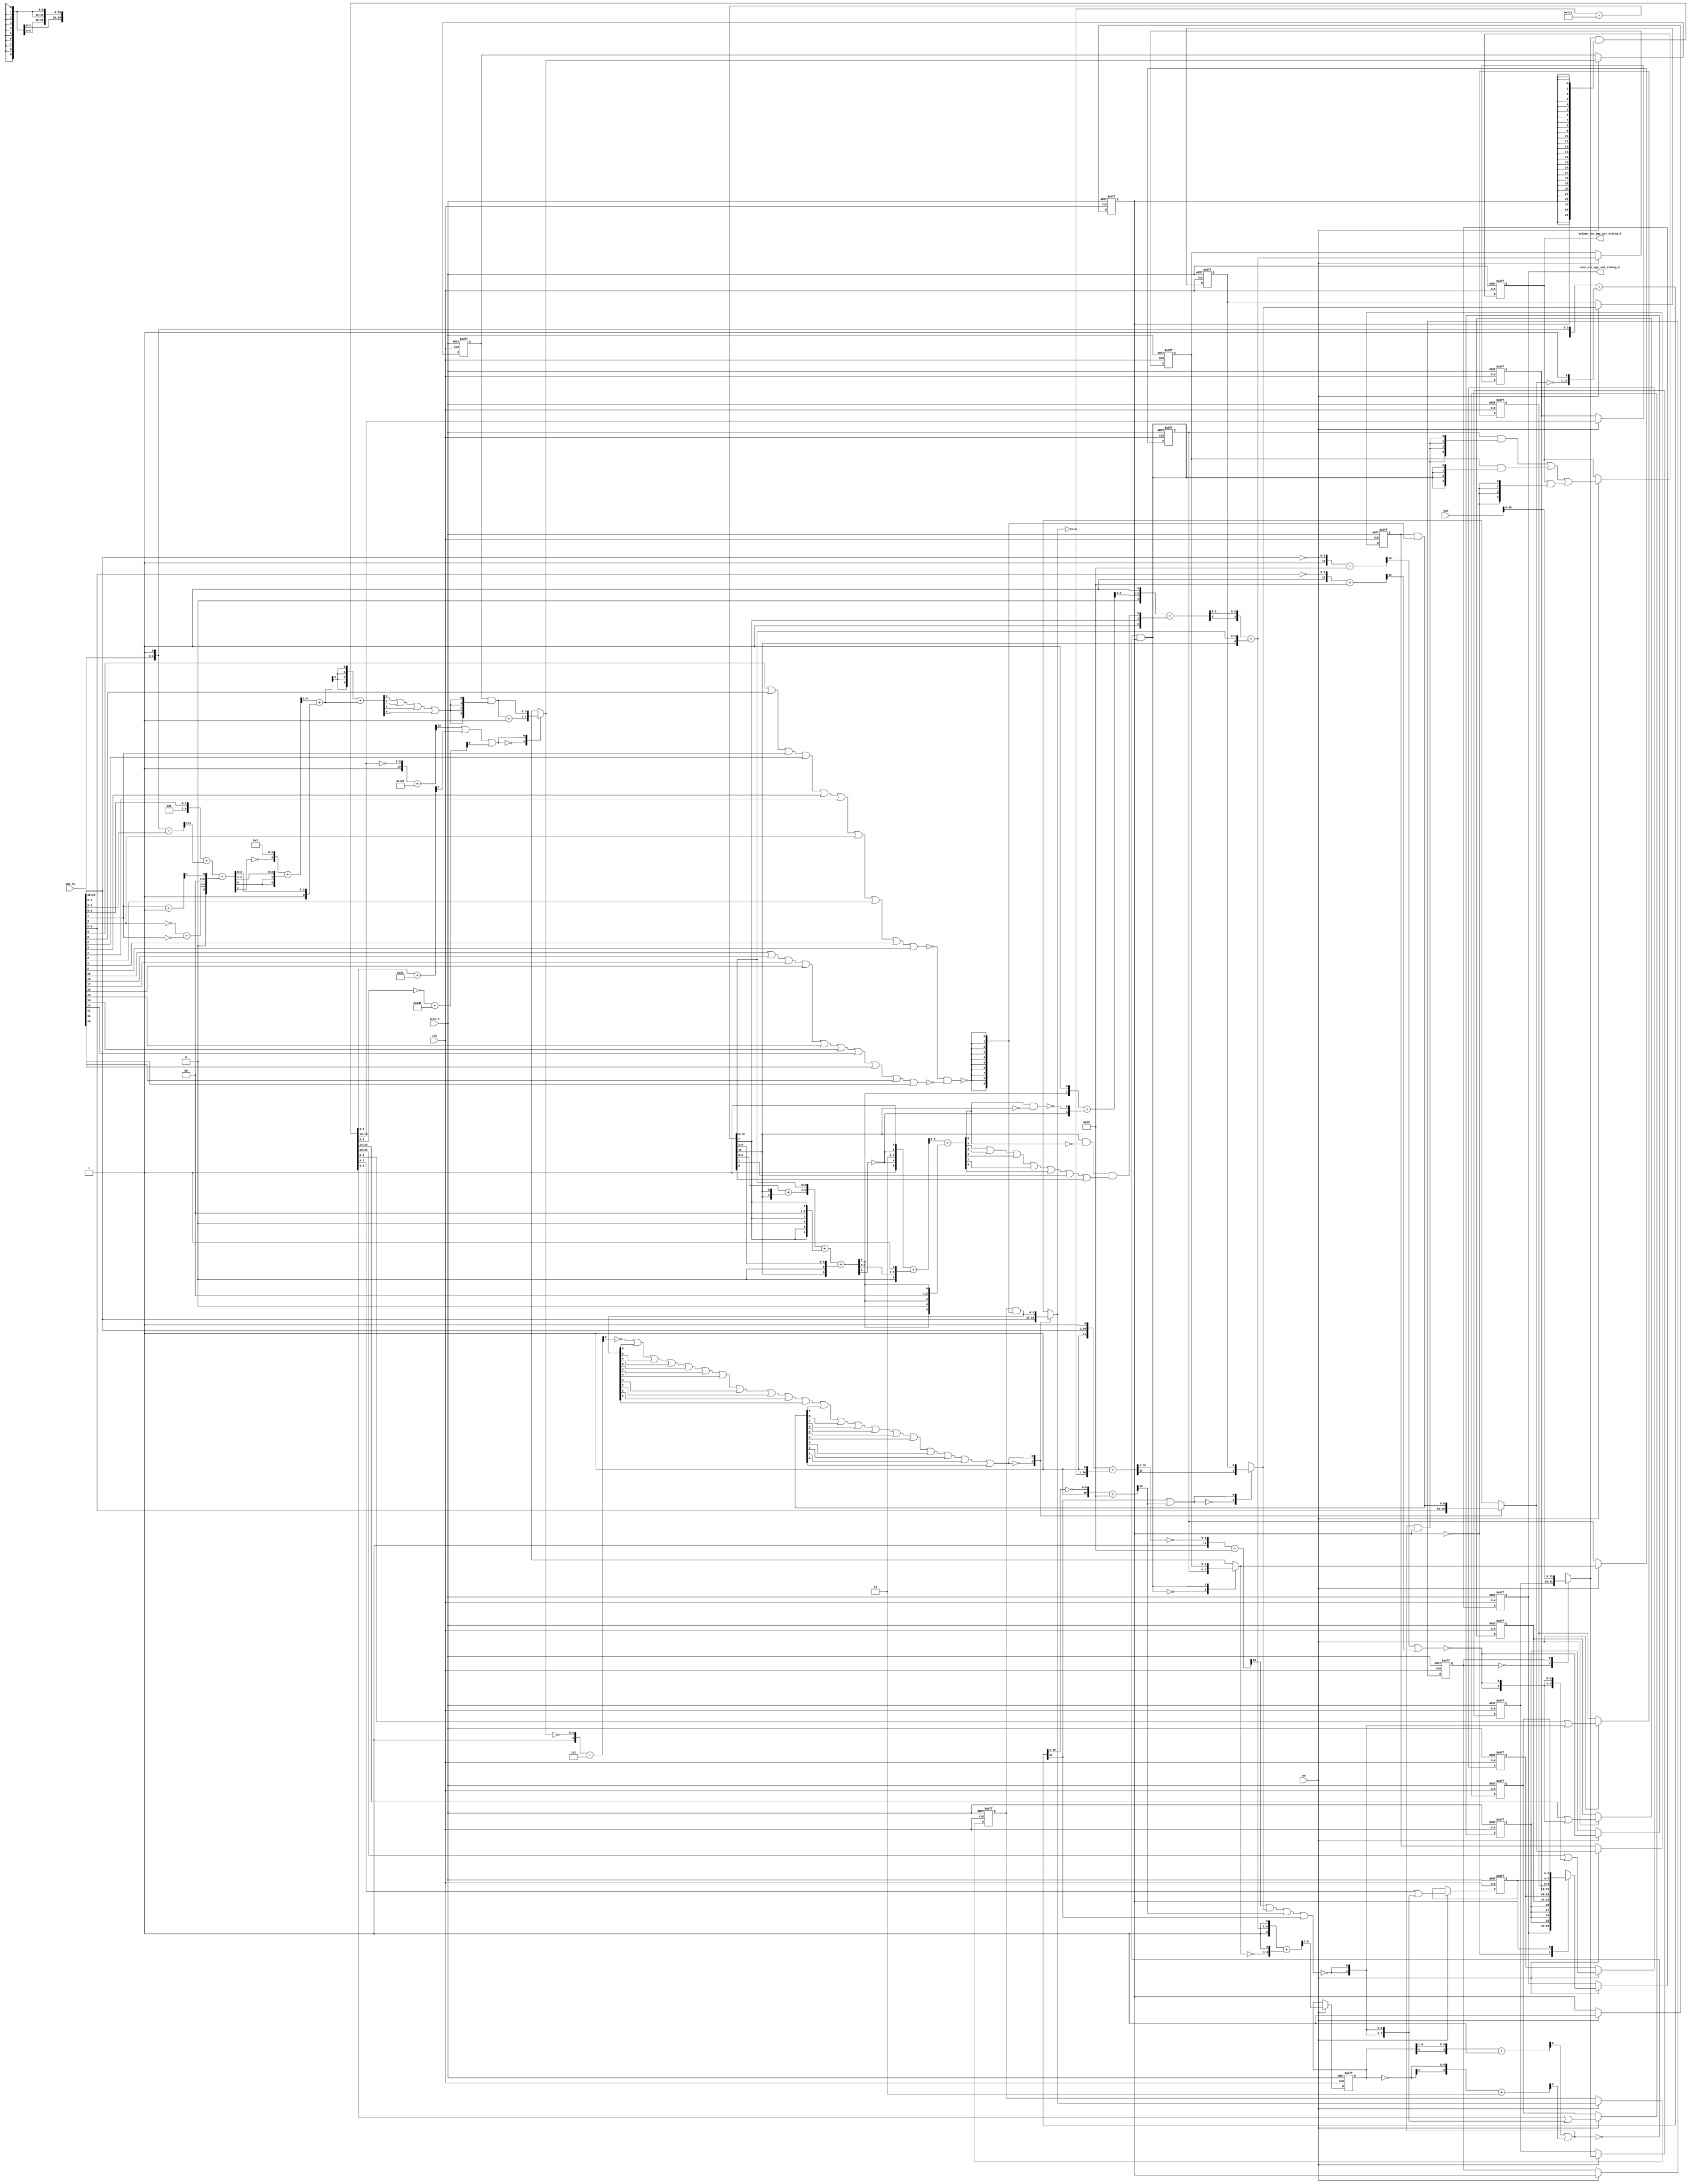
module gauss_blur_core (
  vin, vga_xy, clk, en, arst_n, vout_rsc_mgc_out_stdreg_d, volume_rsc_mgc_out_stdreg_d
);
  input [89:0] vin;
  input [19:0] vga_xy;
  input clk;
  input en;
  input arst_n;
  output [29:0] vout_rsc_mgc_out_stdreg_d;
  reg [29:0] vout_rsc_mgc_out_stdreg_d;
  output [3:0] volume_rsc_mgc_out_stdreg_d;
  reg [3:0] volume_rsc_mgc_out_stdreg_d;


  // Interconnect Declarations
  wire or_dcpl_3;
  reg [25:0] regs_regs_0_sg1_sva;
  reg [3:0] acc_13_1_sva;
  reg [9:0] blue_xy_0_sva;
  reg [9:0] blue_xy_1_sva;
  reg [3:0] volume_previous_sva;
  reg land_11_lpi_1_dfm_1;
  reg [3:0] volume_current_sva_1;
  reg [4:0] acc_11_cse_sva_1;
  reg [1:0] or_4_itm_1;
  reg [3:0] or_3_itm_1;
  reg [9:0] regs_regs_slc_regs_regs_2_sg1_itm_1;
  reg [1:0] or_5_itm_1;
  reg [3:0] or_6_itm_1;
  reg [3:0] or_7_itm_1;
  reg main_stage_0_2;
  reg main_stage_0_3;
  wire [3:0] acc_13_1_sva_dfm_1_mx0;
  wire [9:0] blue_xy_1_sva_dfm_2_mx0;
  wire [25:0] regs_regs_1_sg1_sva_mx0;
  wire [9:0] blue_xy_1_sva_dfm;
  wire [9:0] blue_xy_0_sva_dfm;
  reg reg_deltay_square_blue_acc_psp_sva_tmp;
  wire or_15_cse;
  wire and_6_cse;
  wire [11:0] deltay_square_blue_acc_1_itm;
  wire [12:0] nl_deltay_square_blue_acc_1_itm;
  wire [10:0] aif_45_acc_itm;
  wire [11:0] nl_aif_45_acc_itm;
  wire [11:0] deltax_square_blue_acc_1_itm;
  wire [12:0] nl_deltax_square_blue_acc_1_itm;
  wire [25:0] regs_regs_0_sg1_sva_mx0;
  wire [3:0] volume_previous_sva_mx0;
  wire [3:0] volume_current_sva;
  wire [4:0] nl_volume_current_sva;
  wire land_11_lpi_1_dfm;
  wire [3:0] acc_13_1_sva_dfm;
  wire [9:0] blue_xy_0_sva_dfm_2_mx0;
  wire [3:0] if_3_acc_svs;
  wire [4:0] nl_if_3_acc_svs;
  wire [3:0] if_3_acc_1_psp_sva;
  wire [4:0] nl_if_3_acc_1_psp_sva;
  wire [5:0] acc_imod_sva;
  wire [6:0] nl_acc_imod_sva;
  wire land_13_lpi_1_dfm;
  wire [6:0] conc_imod_sg1_sva;
  wire [8:0] nl_conc_imod_sg1_sva;
  wire [5:0] conc_imod_1_sg1_sva;
  wire [6:0] nl_conc_imod_1_sg1_sva;
  wire [10:0] acc_9_psp_sva;
  wire [11:0] nl_acc_9_psp_sva;
  wire mux_11_itm;
  wire nand_itm;


  // Interconnect Declarations for Component Instantiations 
  assign and_6_cse = (~ or_15_cse) & main_stage_0_2;
  assign regs_regs_0_sg1_sva_mx0 = MUX_v_26_2_2({regs_regs_0_sg1_sva , (vin[29:4])},
      main_stage_0_3);
  assign regs_regs_1_sg1_sva_mx0 = regs_regs_0_sg1_sva_mx0 & ({{25{main_stage_0_2}},
      main_stage_0_2});
  assign or_15_cse = (readslicef_5_1_4((conv_s2u_4_5(acc_11_cse_sva_1[4:1]) + 5'b1)))
      | (readslicef_6_1_5((conv_s2s_5_6(~ acc_11_cse_sva_1) + 6'b11)));
  assign volume_previous_sva_mx0 = MUX_v_4_2_2({volume_previous_sva , volume_current_sva_1},
      and_6_cse);
  assign nl_volume_current_sva = conv_s2u_3_4(readslicef_4_3_1((conv_u2s_3_4({(readslicef_3_2_1((conv_u2u_2_3({(conc_imod_sg1_sva[5])
      , 1'b1}) + conv_u2u_2_3({(~ (conc_imod_sg1_sva[6])) , (~((conc_imod_1_sg1_sva[5])
      & (~ (acc_9_psp_sva[10]))))})))) , 1'b1}) + conv_s2s_3_4({1'b1 , (acc_9_psp_sva[7])
      , ((acc_9_psp_sva[10]) & (~ (conc_imod_1_sg1_sva[5])) & ((conc_imod_1_sg1_sva[4])
      | (conc_imod_1_sg1_sva[3]) | (conc_imod_1_sg1_sva[2]) | (conc_imod_1_sg1_sva[1])
      | (conc_imod_1_sg1_sva[0]) | (acc_9_psp_sva[1]) | (acc_9_psp_sva[0])))}))))
      + conv_s2u_3_4(acc_9_psp_sva[10:8]);
  assign volume_current_sva = nl_volume_current_sva[3:0];
  assign land_11_lpi_1_dfm = ~((readslicef_11_1_10((({1'b1 , (~ (vga_xy[19:10]))})
      + 11'b101001))) | (readslicef_11_1_10((({1'b1 , (~ (vga_xy[9:0]))}) + 11'b101001))));
  assign acc_13_1_sva_dfm_1_mx0 = MUX_v_4_2_2({(acc_13_1_sva_dfm + 4'b1) , acc_13_1_sva_dfm},
      (readslicef_11_1_10((({1'b1 , (~ (regs_regs_1_sg1_sva_mx0[19:10]))}) + 11'b101000001)))
      | (readslicef_8_1_7((conv_u2u_7_8(regs_regs_1_sg1_sva_mx0[9:3]) + 8'b11010011)))
      | (readslicef_10_1_9(((~ (regs_regs_1_sg1_sva_mx0[9:0])) + 10'b1011010001))));
  assign acc_13_1_sva_dfm = acc_13_1_sva & (signext_4_1((if_3_acc_svs[3]) | (if_3_acc_svs[2])
      | (if_3_acc_svs[1]) | (if_3_acc_svs[0])));
  assign blue_xy_1_sva_dfm_2_mx0 = MUX_v_10_2_2({(vga_xy[19:10]) , blue_xy_1_sva_dfm},
      or_dcpl_3);
  assign blue_xy_0_sva_dfm_2_mx0 = MUX_v_10_2_2({(vga_xy[9:0]) , blue_xy_0_sva_dfm},
      or_dcpl_3);
  assign blue_xy_1_sva_dfm = blue_xy_1_sva & ({{9{nand_itm}}, nand_itm});
  assign blue_xy_0_sva_dfm = blue_xy_0_sva & ({{9{nand_itm}}, nand_itm});
  assign nl_deltay_square_blue_acc_1_itm = ({1'b1 , (vga_xy[19:10]) , 1'b1}) + conv_u2s_11_12({(~
      blue_xy_1_sva_dfm_2_mx0) , 1'b1});
  assign deltay_square_blue_acc_1_itm = nl_deltay_square_blue_acc_1_itm[11:0];
  assign mux_11_itm = MUX_s_1_2_2({(deltay_square_blue_acc_1_itm[11]) , reg_deltay_square_blue_acc_psp_sva_tmp},
      (deltax_square_blue_acc_1_itm[11]) | (aif_45_acc_itm[10]));
  assign nl_aif_45_acc_itm = ({1'b1 , (~ (deltax_square_blue_acc_1_itm[10:1]))})
      + 11'b101001;
  assign aif_45_acc_itm = nl_aif_45_acc_itm[10:0];
  assign nl_deltax_square_blue_acc_1_itm = ({1'b1 , (vga_xy[9:0]) , 1'b1}) + conv_u2s_11_12({(~
      blue_xy_0_sva_dfm_2_mx0) , 1'b1});
  assign deltax_square_blue_acc_1_itm = nl_deltax_square_blue_acc_1_itm[11:0];
  assign nl_if_3_acc_svs = conv_s2u_1_4(if_3_acc_1_psp_sva[3]) + if_3_acc_1_psp_sva;
  assign if_3_acc_svs = nl_if_3_acc_svs[3:0];
  assign nl_if_3_acc_1_psp_sva = (readslicef_5_4_1((({(~ (acc_imod_sva[3])) , 4'b1})
      + conv_s2u_3_5(acc_imod_sva[5:3])))) + ({1'b1 , (acc_imod_sva[2:0])});
  assign if_3_acc_1_psp_sva = nl_if_3_acc_1_psp_sva[3:0];
  assign nl_acc_imod_sva = conv_s2s_5_6(({3'b100 , (vga_xy[9:8])}) + conv_u2s_4_5(readslicef_5_4_1((conv_u2u_4_5({(vga_xy[2:0])
      , 1'b1}) + conv_u2u_4_5(vga_xy[6:3]))))) + conv_u2s_5_6({(conv_u2u_1_2(~ (vga_xy[3]))
      + conv_u2u_1_2(~ (vga_xy[7]))) , 2'b0 , (readslicef_2_1_1((conv_u2u_1_2(vga_xy[7])
      + 2'b1)))});
  assign acc_imod_sva = nl_acc_imod_sva[5:0];
  assign land_13_lpi_1_dfm = ~((readslicef_11_1_10((({1'b1 , (~ (deltay_square_blue_acc_1_itm[10:1]))})
      + 11'b101001))) | mux_11_itm | (aif_45_acc_itm[10]) | (deltax_square_blue_acc_1_itm[11]));
  assign nl_conc_imod_sg1_sva = (conv_u2s_6_7({(conv_u2u_2_3(acc_9_psp_sva[9:8])
      + conv_u2u_2_3({(acc_9_psp_sva[10]) , (acc_9_psp_sva[10])})) , (acc_9_psp_sva[10:8])})
      + conv_s2s_6_7({(acc_9_psp_sva[7]) , 1'b0 , (acc_9_psp_sva[7]) , 2'b0 , (acc_9_psp_sva[7])}))
      + ({(acc_9_psp_sva[10]) , 1'b0 , (acc_9_psp_sva[6:2])});
  assign conc_imod_sg1_sva = nl_conc_imod_sg1_sva[6:0];
  assign nl_conc_imod_1_sg1_sva = (readslicef_7_6_1((conv_s2s_6_7({1'b1 , (~ (conc_imod_sg1_sva[6]))
      , 2'b11 , (~ (conc_imod_sg1_sva[6])) , 1'b1}) + conv_u2s_6_7({(conc_imod_sg1_sva[4:0])
      , 1'b1})))) + ({(conc_imod_sg1_sva[5]) , 1'b0 , (conc_imod_sg1_sva[5]) , 2'b0
      , (conc_imod_sg1_sva[5])});
  assign conc_imod_1_sg1_sva = nl_conc_imod_1_sg1_sva[5:0];
  assign nl_acc_9_psp_sva = conv_u2s_10_11(~ blue_xy_1_sva_dfm_2_mx0) + 11'b11111000001;
  assign acc_9_psp_sva = nl_acc_9_psp_sva[10:0];
  assign nand_itm = ~((~((vga_xy[9]) | (vga_xy[8]) | (vga_xy[7]) | (vga_xy[6]) |
      (vga_xy[5]) | (vga_xy[4]) | (vga_xy[3]) | (vga_xy[2]) | (vga_xy[1]) | (vga_xy[0])))
      & (~((vga_xy[19]) | (vga_xy[18]) | (vga_xy[17]) | (vga_xy[16]) | (vga_xy[15])
      | (vga_xy[14]) | (vga_xy[13]) | (vga_xy[12]) | (vga_xy[11]) | (vga_xy[10]))));
  assign or_dcpl_3 = (~ (readslicef_5_1_4((({1'b1 , (~ acc_13_1_sva_dfm_1_mx0)})
      + 5'b101)))) | (blue_xy_1_sva_dfm[9]) | (blue_xy_1_sva_dfm[8]) | (blue_xy_1_sva_dfm[7])
      | (blue_xy_1_sva_dfm[6]) | (blue_xy_1_sva_dfm[5]) | (blue_xy_1_sva_dfm[4])
      | (blue_xy_1_sva_dfm[3]) | (blue_xy_1_sva_dfm[2]) | (blue_xy_1_sva_dfm[1])
      | (blue_xy_1_sva_dfm[0]) | (blue_xy_0_sva_dfm[9]) | (blue_xy_0_sva_dfm[8])
      | (blue_xy_0_sva_dfm[7]) | (blue_xy_0_sva_dfm[6]) | (blue_xy_0_sva_dfm[5])
      | (blue_xy_0_sva_dfm[4]) | (blue_xy_0_sva_dfm[3]) | (blue_xy_0_sva_dfm[2])
      | (blue_xy_0_sva_dfm[1]) | (blue_xy_0_sva_dfm[0]);
  always @(posedge clk or negedge arst_n) begin
    if ( ~ arst_n ) begin
      regs_regs_0_sg1_sva <= 26'b0;
      vout_rsc_mgc_out_stdreg_d <= 30'b0;
      volume_rsc_mgc_out_stdreg_d <= 4'b0;
      volume_previous_sva <= 4'b0;
      volume_current_sva_1 <= 4'b0;
      acc_11_cse_sva_1 <= 5'b0;
      land_11_lpi_1_dfm_1 <= 1'b0;
      or_4_itm_1 <= 2'b0;
      or_3_itm_1 <= 4'b0;
      regs_regs_slc_regs_regs_2_sg1_itm_1 <= 10'b0;
      or_5_itm_1 <= 2'b0;
      or_6_itm_1 <= 4'b0;
      or_7_itm_1 <= 4'b0;
      blue_xy_1_sva <= 10'b0;
      blue_xy_0_sva <= 10'b0;
      acc_13_1_sva <= 4'b0;
      main_stage_0_2 <= 1'b0;
      main_stage_0_3 <= 1'b0;
      reg_deltay_square_blue_acc_psp_sva_tmp <= 1'b0;
    end
    else begin
      if ( en ) begin
        regs_regs_0_sg1_sva <= regs_regs_0_sg1_sva_mx0;
        vout_rsc_mgc_out_stdreg_d <= MUX_v_30_2_2({vout_rsc_mgc_out_stdreg_d , ({(signext_10_9({land_11_lpi_1_dfm_1
            , (signext_4_3({land_11_lpi_1_dfm_1 , or_4_itm_1})) , or_3_itm_1})) ,
            regs_regs_slc_regs_regs_2_sg1_itm_1 , or_5_itm_1 , or_6_itm_1 , or_7_itm_1})},
            main_stage_0_2);
        volume_rsc_mgc_out_stdreg_d <= MUX1HOT_v_4_3_2({volume_rsc_mgc_out_stdreg_d
            , volume_current_sva_1 , volume_previous_sva}, {(~ main_stage_0_2) ,
            and_6_cse , (or_15_cse & main_stage_0_2)});
        volume_previous_sva <= volume_previous_sva_mx0;
        volume_current_sva_1 <= volume_current_sva;
        acc_11_cse_sva_1 <= readslicef_6_5_1((({1'b1 , volume_current_sva , 1'b1})
            + conv_u2s_5_6({(~ volume_previous_sva_mx0) , 1'b1})));
        land_11_lpi_1_dfm_1 <= land_11_lpi_1_dfm;
        or_4_itm_1 <= (regs_regs_1_sg1_sva_mx0[25:24]) | ({{1{land_11_lpi_1_dfm}},
            land_11_lpi_1_dfm});
        or_3_itm_1 <= (regs_regs_1_sg1_sva_mx0[23:20]) | ({{3{land_11_lpi_1_dfm}},
            land_11_lpi_1_dfm});
        regs_regs_slc_regs_regs_2_sg1_itm_1 <= regs_regs_1_sg1_sva_mx0[19:10];
        or_5_itm_1 <= (regs_regs_1_sg1_sva_mx0[9:8]) | ({{1{land_13_lpi_1_dfm}},
            land_13_lpi_1_dfm});
        or_6_itm_1 <= (regs_regs_1_sg1_sva_mx0[7:4]) | ({{3{land_13_lpi_1_dfm}},
            land_13_lpi_1_dfm});
        or_7_itm_1 <= (regs_regs_1_sg1_sva_mx0[3:0]) | ({{3{land_13_lpi_1_dfm}},
            land_13_lpi_1_dfm});
        blue_xy_1_sva <= blue_xy_1_sva_dfm_2_mx0;
        blue_xy_0_sva <= blue_xy_0_sva_dfm_2_mx0;
        acc_13_1_sva <= acc_13_1_sva_dfm_1_mx0;
        main_stage_0_2 <= 1'b1;
        main_stage_0_3 <= main_stage_0_2;
        reg_deltay_square_blue_acc_psp_sva_tmp <= mux_11_itm;
      end
    end
  end

  function [25:0] MUX_v_26_2_2;
    input [51:0] inputs;
    input [0:0] sel;
    reg [25:0] result;
  begin
    case (sel)
      1'b0 : begin
        result = inputs[51:26];
      end
      1'b1 : begin
        result = inputs[25:0];
      end
      default : begin
        result = inputs[51:26];
      end
    endcase
    MUX_v_26_2_2 = result;
  end
  endfunction


  function [0:0] readslicef_5_1_4;
    input [4:0] vector;
    reg [4:0] tmp;
  begin
    tmp = vector >> 4;
    readslicef_5_1_4 = tmp[0:0];
  end
  endfunction


  function [0:0] readslicef_6_1_5;
    input [5:0] vector;
    reg [5:0] tmp;
  begin
    tmp = vector >> 5;
    readslicef_6_1_5 = tmp[0:0];
  end
  endfunction


  function [3:0] MUX_v_4_2_2;
    input [7:0] inputs;
    input [0:0] sel;
    reg [3:0] result;
  begin
    case (sel)
      1'b0 : begin
        result = inputs[7:4];
      end
      1'b1 : begin
        result = inputs[3:0];
      end
      default : begin
        result = inputs[7:4];
      end
    endcase
    MUX_v_4_2_2 = result;
  end
  endfunction


  function [2:0] readslicef_4_3_1;
    input [3:0] vector;
    reg [3:0] tmp;
  begin
    tmp = vector >> 1;
    readslicef_4_3_1 = tmp[2:0];
  end
  endfunction


  function [1:0] readslicef_3_2_1;
    input [2:0] vector;
    reg [2:0] tmp;
  begin
    tmp = vector >> 1;
    readslicef_3_2_1 = tmp[1:0];
  end
  endfunction


  function [0:0] readslicef_11_1_10;
    input [10:0] vector;
    reg [10:0] tmp;
  begin
    tmp = vector >> 10;
    readslicef_11_1_10 = tmp[0:0];
  end
  endfunction


  function [0:0] readslicef_8_1_7;
    input [7:0] vector;
    reg [7:0] tmp;
  begin
    tmp = vector >> 7;
    readslicef_8_1_7 = tmp[0:0];
  end
  endfunction


  function [0:0] readslicef_10_1_9;
    input [9:0] vector;
    reg [9:0] tmp;
  begin
    tmp = vector >> 9;
    readslicef_10_1_9 = tmp[0:0];
  end
  endfunction


  function [3:0] signext_4_1;
    input [0:0] vector;
  begin
    signext_4_1= {{3{vector[0]}}, vector};
  end
  endfunction


  function [9:0] MUX_v_10_2_2;
    input [19:0] inputs;
    input [0:0] sel;
    reg [9:0] result;
  begin
    case (sel)
      1'b0 : begin
        result = inputs[19:10];
      end
      1'b1 : begin
        result = inputs[9:0];
      end
      default : begin
        result = inputs[19:10];
      end
    endcase
    MUX_v_10_2_2 = result;
  end
  endfunction


  function [0:0] MUX_s_1_2_2;
    input [1:0] inputs;
    input [0:0] sel;
    reg [0:0] result;
  begin
    case (sel)
      1'b0 : begin
        result = inputs[1:1];
      end
      1'b1 : begin
        result = inputs[0:0];
      end
      default : begin
        result = inputs[1:1];
      end
    endcase
    MUX_s_1_2_2 = result;
  end
  endfunction


  function [3:0] readslicef_5_4_1;
    input [4:0] vector;
    reg [4:0] tmp;
  begin
    tmp = vector >> 1;
    readslicef_5_4_1 = tmp[3:0];
  end
  endfunction


  function [0:0] readslicef_2_1_1;
    input [1:0] vector;
    reg [1:0] tmp;
  begin
    tmp = vector >> 1;
    readslicef_2_1_1 = tmp[0:0];
  end
  endfunction


  function [5:0] readslicef_7_6_1;
    input [6:0] vector;
    reg [6:0] tmp;
  begin
    tmp = vector >> 1;
    readslicef_7_6_1 = tmp[5:0];
  end
  endfunction


  function [29:0] MUX_v_30_2_2;
    input [59:0] inputs;
    input [0:0] sel;
    reg [29:0] result;
  begin
    case (sel)
      1'b0 : begin
        result = inputs[59:30];
      end
      1'b1 : begin
        result = inputs[29:0];
      end
      default : begin
        result = inputs[59:30];
      end
    endcase
    MUX_v_30_2_2 = result;
  end
  endfunction


  function [3:0] signext_4_3;
    input [2:0] vector;
  begin
    signext_4_3= {{1{vector[2]}}, vector};
  end
  endfunction


  function [9:0] signext_10_9;
    input [8:0] vector;
  begin
    signext_10_9= {{1{vector[8]}}, vector};
  end
  endfunction


  function [3:0] MUX1HOT_v_4_3_2;
    input [11:0] inputs;
    input [2:0] sel;
    reg [3:0] result;
    integer i;
  begin
    result = inputs[0+:4] & {4{sel[0]}};
    for( i = 1; i < 3; i = i + 1 )
      result = result | (inputs[i*4+:4] & {4{sel[i]}});
    MUX1HOT_v_4_3_2 = result;
  end
  endfunction


  function [4:0] readslicef_6_5_1;
    input [5:0] vector;
    reg [5:0] tmp;
  begin
    tmp = vector >> 1;
    readslicef_6_5_1 = tmp[4:0];
  end
  endfunction


  function  [4:0] conv_s2u_4_5 ;
    input signed [3:0]  vector ;
  begin
    conv_s2u_4_5 = {vector[3], vector};
  end
  endfunction


  function signed [5:0] conv_s2s_5_6 ;
    input signed [4:0]  vector ;
  begin
    conv_s2s_5_6 = {vector[4], vector};
  end
  endfunction


  function  [3:0] conv_s2u_3_4 ;
    input signed [2:0]  vector ;
  begin
    conv_s2u_3_4 = {vector[2], vector};
  end
  endfunction


  function signed [3:0] conv_u2s_3_4 ;
    input [2:0]  vector ;
  begin
    conv_u2s_3_4 = {1'b0, vector};
  end
  endfunction


  function  [2:0] conv_u2u_2_3 ;
    input [1:0]  vector ;
  begin
    conv_u2u_2_3 = {1'b0, vector};
  end
  endfunction


  function signed [3:0] conv_s2s_3_4 ;
    input signed [2:0]  vector ;
  begin
    conv_s2s_3_4 = {vector[2], vector};
  end
  endfunction


  function  [7:0] conv_u2u_7_8 ;
    input [6:0]  vector ;
  begin
    conv_u2u_7_8 = {1'b0, vector};
  end
  endfunction


  function signed [11:0] conv_u2s_11_12 ;
    input [10:0]  vector ;
  begin
    conv_u2s_11_12 = {1'b0, vector};
  end
  endfunction


  function  [3:0] conv_s2u_1_4 ;
    input signed [0:0]  vector ;
  begin
    conv_s2u_1_4 = {{3{vector[0]}}, vector};
  end
  endfunction


  function  [4:0] conv_s2u_3_5 ;
    input signed [2:0]  vector ;
  begin
    conv_s2u_3_5 = {{2{vector[2]}}, vector};
  end
  endfunction


  function signed [4:0] conv_u2s_4_5 ;
    input [3:0]  vector ;
  begin
    conv_u2s_4_5 = {1'b0, vector};
  end
  endfunction


  function  [4:0] conv_u2u_4_5 ;
    input [3:0]  vector ;
  begin
    conv_u2u_4_5 = {1'b0, vector};
  end
  endfunction


  function signed [5:0] conv_u2s_5_6 ;
    input [4:0]  vector ;
  begin
    conv_u2s_5_6 = {1'b0, vector};
  end
  endfunction


  function  [1:0] conv_u2u_1_2 ;
    input [0:0]  vector ;
  begin
    conv_u2u_1_2 = {1'b0, vector};
  end
  endfunction


  function signed [6:0] conv_u2s_6_7 ;
    input [5:0]  vector ;
  begin
    conv_u2s_6_7 = {1'b0, vector};
  end
  endfunction


  function signed [6:0] conv_s2s_6_7 ;
    input signed [5:0]  vector ;
  begin
    conv_s2s_6_7 = {vector[5], vector};
  end
  endfunction


  function signed [10:0] conv_u2s_10_11 ;
    input [9:0]  vector ;
  begin
    conv_u2s_10_11 = {1'b0, vector};
  end
  endfunction

endmodule
module gauss_blur (
  vin, vout_rsc_z, vga_xy, volume_rsc_z, clk, en, arst_n
);
  input [89:0] vin;
  output [29:0] vout_rsc_z;
  input [19:0] vga_xy;
  output [3:0] volume_rsc_z;
  input clk;
  input en;
  input arst_n;


  // Interconnect Declarations
  wire [29:0] vout_rsc_mgc_out_stdreg_d;
  wire [3:0] volume_rsc_mgc_out_stdreg_d;


  // Interconnect Declarations for Component Instantiations 
  mgc_out_stdreg #(.rscid(2),
  .width(30)) vout_rsc_mgc_out_stdreg (
      .d(vout_rsc_mgc_out_stdreg_d),
      .z(vout_rsc_z)
    );
  mgc_out_stdreg #(.rscid(4),
  .width(4)) volume_rsc_mgc_out_stdreg (
      .d(volume_rsc_mgc_out_stdreg_d),
      .z(volume_rsc_z)
    );
  gauss_blur_core gauss_blur_core_inst (
      .vin(vin),
      .vga_xy(vga_xy),
      .clk(clk),
      .en(en),
      .arst_n(arst_n),
      .vout_rsc_mgc_out_stdreg_d(vout_rsc_mgc_out_stdreg_d),
      .volume_rsc_mgc_out_stdreg_d(volume_rsc_mgc_out_stdreg_d)
    );
endmodule